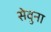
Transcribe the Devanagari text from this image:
सेवुना